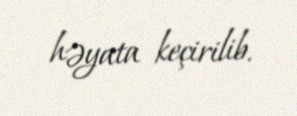
həyata keçirilib.